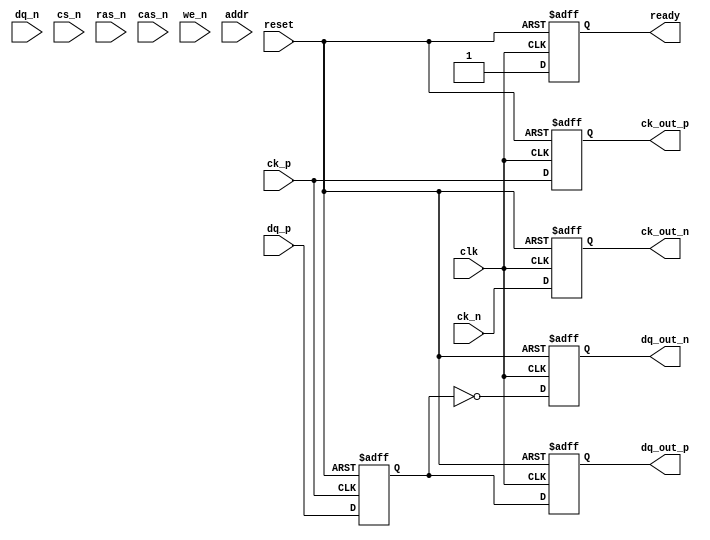
module gddr6x_io_block #(
    parameter DATA_WIDTH = 64, // Data width (32, 64, or 128 bits)
    parameter CLK_FREQ = 2500   // Clock frequency in MHz
)(
    // Differential Data Signals
    input  wire [DATA_WIDTH-1:0] dq_p, // Data positive
    input  wire [DATA_WIDTH-1:0] dq_n, // Data negative
    output wire [DATA_WIDTH-1:0] dq_out_p, // Data output positive
    output wire [DATA_WIDTH-1:0] dq_out_n, // Data output negative

    // Differential Clock Signals
    input  wire ck_p, // Clock positive
    input  wire ck_n, // Clock negative
    output wire ck_out_p, // Clock output positive
    output wire ck_out_n, // Clock output negative

    // Command Signals
    input  wire cs_n, // Chip select
    input  wire ras_n, // Row address strobe
    input  wire cas_n, // Column address strobe
    input  wire we_n, // Write enable

    // Address Signals
    input  wire [31:0] addr, // Address lines

    // Control Signals
    input  wire clk, // System clock
    input  wire reset, // Reset signal
    output reg ready // Ready signal for operation
);

// Internal signals
reg [DATA_WIDTH-1:0] data_reg; // Register for data
reg [31:0] addr_reg; // Register for address
reg [3:0] command_reg; // Register for command signals

// Transmitter Logic
always @(posedge clk or posedge reset) begin
    if (reset) begin
        dq_out_p <= 0;
        dq_out_n <= 0;
        ready <= 0;
    end else begin
        // Example: Simple data transmission logic
        dq_out_p <= data_reg;
        dq_out_n <= ~data_reg; // Invert for differential signaling
        ready <= 1; // Indicate ready for operation
    end
end

// Receiver Logic
always @(posedge ck_p or posedge reset) begin
    if (reset) begin
        data_reg <= 0;
    end else begin
        // Example: Simple data reception logic
        data_reg <= dq_p; // Capture data from positive differential pair
    end
end

// Clock Management Logic
always @(posedge clk or posedge reset) begin
    if (reset) begin
        // Reset clock management
        ck_out_p <= 0;
        ck_out_n <= 0;
    end else begin
        // Example: Simple clock output logic
        ck_out_p <= ck_p;
        ck_out_n <= ck_n; // Pass through clock signals
    end
end

// Command Handling Logic
always @(posedge clk or posedge reset) begin
    if (reset) begin
        command_reg <= 4'b0000; // Reset command register
    end else begin
        // Capture command signals
        command_reg[0] <= cs_n;
        command_reg[1] <= ras_n;
        command_reg[2] <= cas_n;
        command_reg[3] <= we_n;
    end
end

endmodule